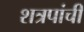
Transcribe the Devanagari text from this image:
शत्रपांची